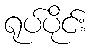
ရုပ်ပိုင်း